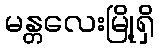
မန္တလေးမြို့ရှိ